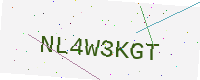
Text: NL4W3KGT